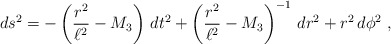
\begin{align*}ds^2 = -\left( {r^2 \over \ell^2} - M_3 \right) \, dt^2 + \left( {r^2 \over \ell^2} - M_3 \right)^{-1} \, dr^2 + r^2 \, d\phi^2 \ , \end{align*}